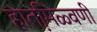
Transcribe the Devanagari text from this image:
हातमि़ळ्वणी